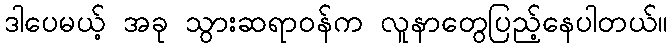
ဒါပေမယ့် အခု သွားဆရာဝန်က လူနာတွေပြည့်နေပါတယ်။